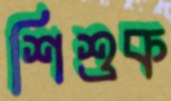
শিশুক